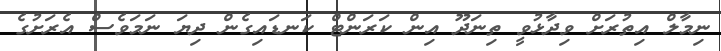
ނިމާލް އިތުރަށް ވިދާޅުވީ ތިނަދޫ އިން ކަރަންޓް ކަނޑައިގެން ދިޔަ ނަމަވެސް އެރަށުގެ